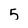
Character: 5